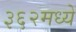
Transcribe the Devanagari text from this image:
३६२मध्ये